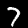
Label: 7